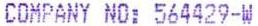
COMPANY NO: 564429-W